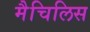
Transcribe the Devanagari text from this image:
मैचिलिस